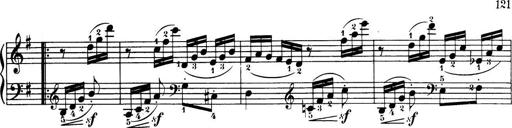
Title: 32 Sonatinas and Rondos for the Piano
Composer: Richard Kleinmichel